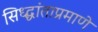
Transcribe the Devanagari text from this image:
सिध्द्धांताप्रमाणे